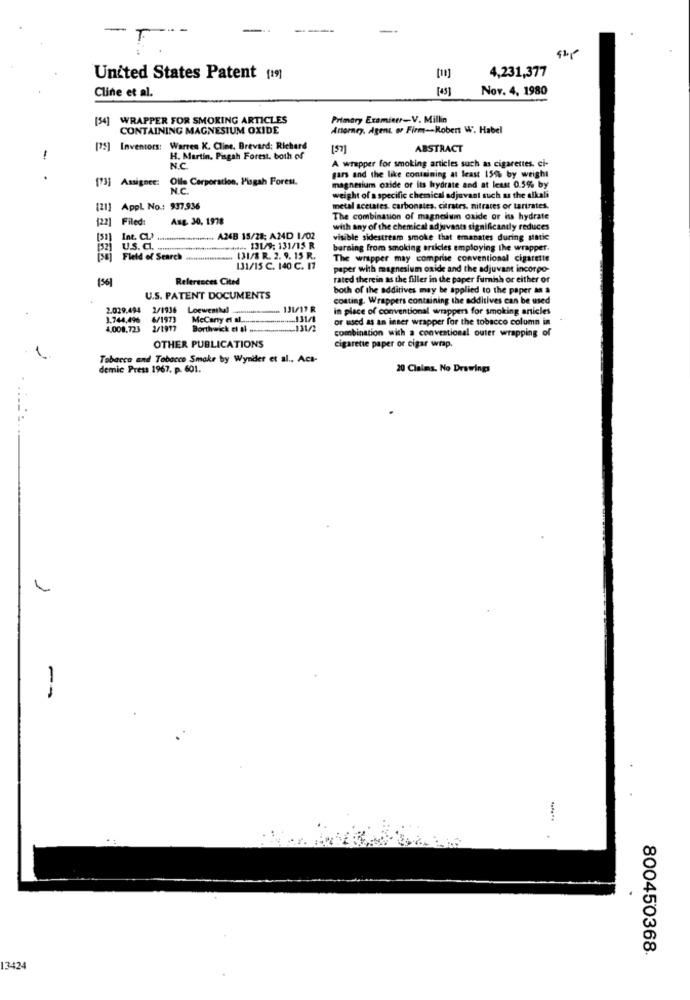
-
T.
4,231,377
United States Patent (1)
Cline et al.
[4]
Nov. 4. 1980
[34]
WRAPPER FOR SMOKING ARTICLES
Primary Examiner-V. Millin
CONTAINING MAGNESIUM OXIDE
Attorney, Agent, or Firm -- Robert W. Habel
[75] Inventors: Warren K. Cline. Brevard: Richard
[57]
ABSTRACT
-
H. Martin, Pisgah Forest. both of
NC
A wrapper for smoking articles such as cigarettes. ci-
[73] Assignee:
Olle Corporation, Pisgah Forest.
gars and the like containing at least 15% by weight
NC.
magnesium oxide or its hydrate and at least 0.5% by
weight of a specific chemical adjuvant such as the alkali
[21] AppL No .: 937.936
metal scetales. carbonates, citrates, nitrates or tartrates.
122]
Filed:
Ang. 30, 1978
The combination of magnesium oxide or iss hydrate
with any of the chemical adjuvants significantly reduces
Inc. CL .. ...................... A24B 15/28; A24D 1/02
visible sidestream smoke that emanates during sintic
U.S. Cl. . mmmm
.... 131/9: 131/15 R
barning from smoking articles employing the wrapper.
Field of Search
. 13I/S R. 2. 9. 15 R.
The wrapper may comprise conventional cigarette
131/15 C. 140 C. 17
paper with magnesium oxide and the adjuvant incorpo-
(56)
References Cited
rated therein as the filler in the paper furnish or either of
both of the additives may be applied to the paper as a
U.S. PATENT DOCUMENTS
costing. Wrappers containing the additives can be used
2.029.494
2/1936 Loewenskal
131/17 R
in place of conventional wrappers for smoking articles
3.744,496
6/1973
MeCany a .................... .. 331/1
or used as an inner wrapper for the tobacco column in
4,008,723
2/1913
Borthwick e al .---.......____ 131/2
-131/2
combination with a conventional outer wrapping of
cigarette paper or cigar wrap.
OTHER PUBLICATIONS
Tobacco and Tobacco Smoke by Wynder et al .. Acs-
demic Press 1967. p. 601.
20 Claims, No Drawings
1
.
800450368.
13424